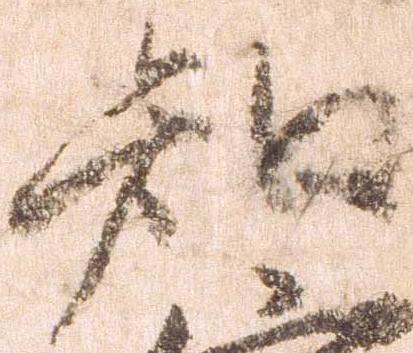
知